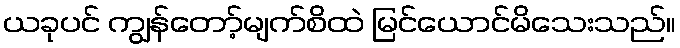
ယခုပင် ကျွန်တော့်မျက်စိထဲ မြင်ယောင်မိသေးသည်။